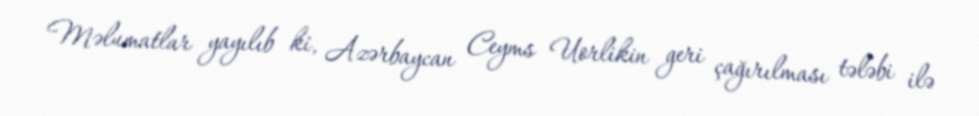
Məlumatlar yayılıb ki, Azərbaycan Ceyms Uorlikin geri çağırılması tələbi ilə